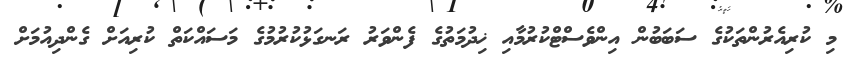
މި ކުރިއެރުންތަކުގެ ސަބަބުން އިންވެސްޓްކުރުމާއި ޚިދުމަތުގެ ފެންވަރު ރަނގަޅުކުރުމުގެ މަސައްކަތް ކުރިއަށް ގެންދިއުމަށް